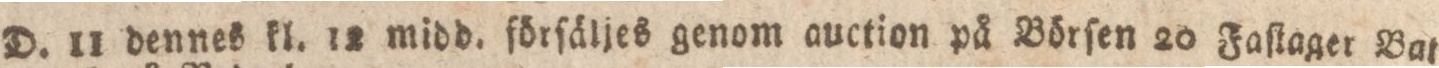
D. 11 dennes kl. 12 midd. förſäljes genom auction på Börſen 20 Faſtager Bata=